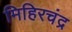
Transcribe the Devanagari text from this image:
मिहिरचंद्र